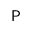
\mathsf { P }